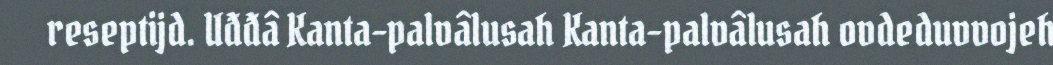
reseptijd. Uđđâ Kanta-palvâlusah Kanta-palvâlusah ovdeduvvojeh